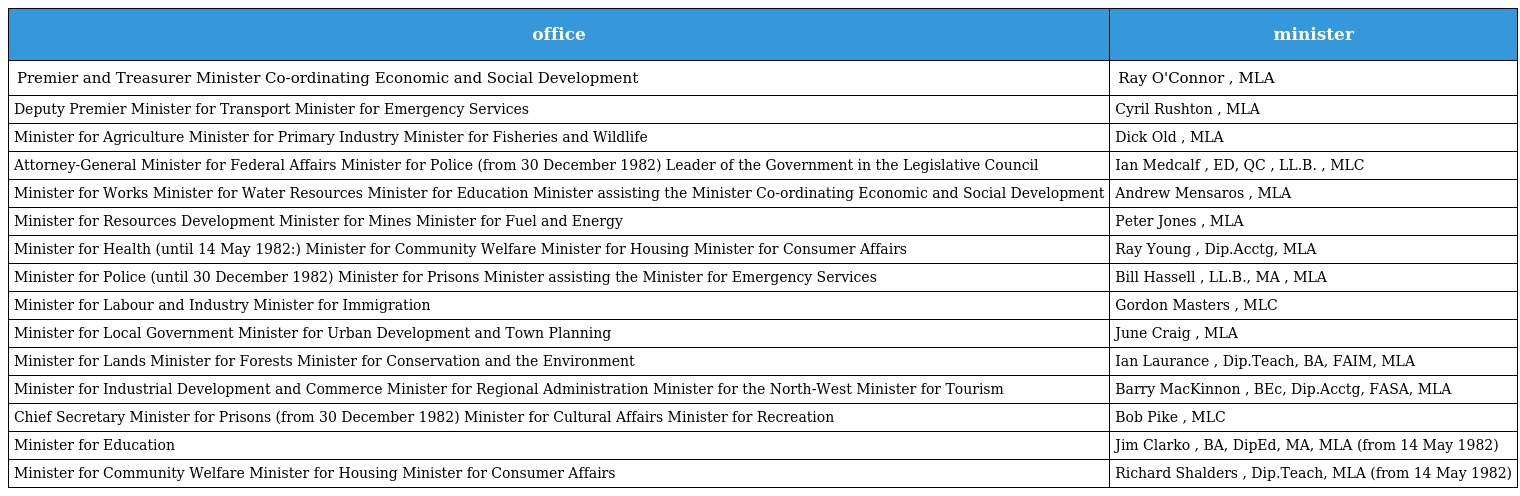
| office | minister |
 | --- | --- |
 | Premier and Treasurer Minister Co-ordinating Economic and Social Development | Ray O'Connor , MLA |
 | Deputy Premier Minister for Transport Minister for Emergency Services | Cyril Rushton , MLA |
 | Minister for Agriculture Minister for Primary Industry Minister for Fisheries and Wildlife | Dick Old , MLA |
 | Attorney-General Minister for Federal Affairs Minister for Police (from 30 December 1982) Leader of the Government in the Legislative Council | Ian Medcalf , ED, QC , LL.B. , MLC |
 | Minister for Works Minister for Water Resources Minister for Education Minister assisting the Minister Co-ordinating Economic and Social Development | Andrew Mensaros , MLA |
 | Minister for Resources Development Minister for Mines Minister for Fuel and Energy | Peter Jones , MLA |
 | Minister for Health (until 14 May 1982:) Minister for Community Welfare Minister for Housing Minister for Consumer Affairs | Ray Young , Dip.Acctg, MLA |
 | Minister for Police (until 30 December 1982) Minister for Prisons Minister assisting the Minister for Emergency Services | Bill Hassell , LL.B., MA , MLA |
 | Minister for Labour and Industry Minister for Immigration | Gordon Masters , MLC |
 | Minister for Local Government Minister for Urban Development and Town Planning | June Craig , MLA |
 | Minister for Lands Minister for Forests Minister for Conservation and the Environment | Ian Laurance , Dip.Teach, BA, FAIM, MLA |
 | Minister for Industrial Development and Commerce Minister for Regional Administration Minister for the North-West Minister for Tourism | Barry MacKinnon , BEc, Dip.Acctg, FASA, MLA |
 | Chief Secretary Minister for Prisons (from 30 December 1982) Minister for Cultural Affairs Minister for Recreation | Bob Pike , MLC |
 | Minister for Education | Jim Clarko , BA, DipEd, MA, MLA (from 14 May 1982) |
 | Minister for Community Welfare Minister for Housing Minister for Consumer Affairs | Richard Shalders , Dip.Teach, MLA (from 14 May 1982) |